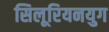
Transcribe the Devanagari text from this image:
सिलूरियनयुग